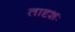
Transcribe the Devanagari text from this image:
तादृशः